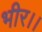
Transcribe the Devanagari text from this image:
भीर।।